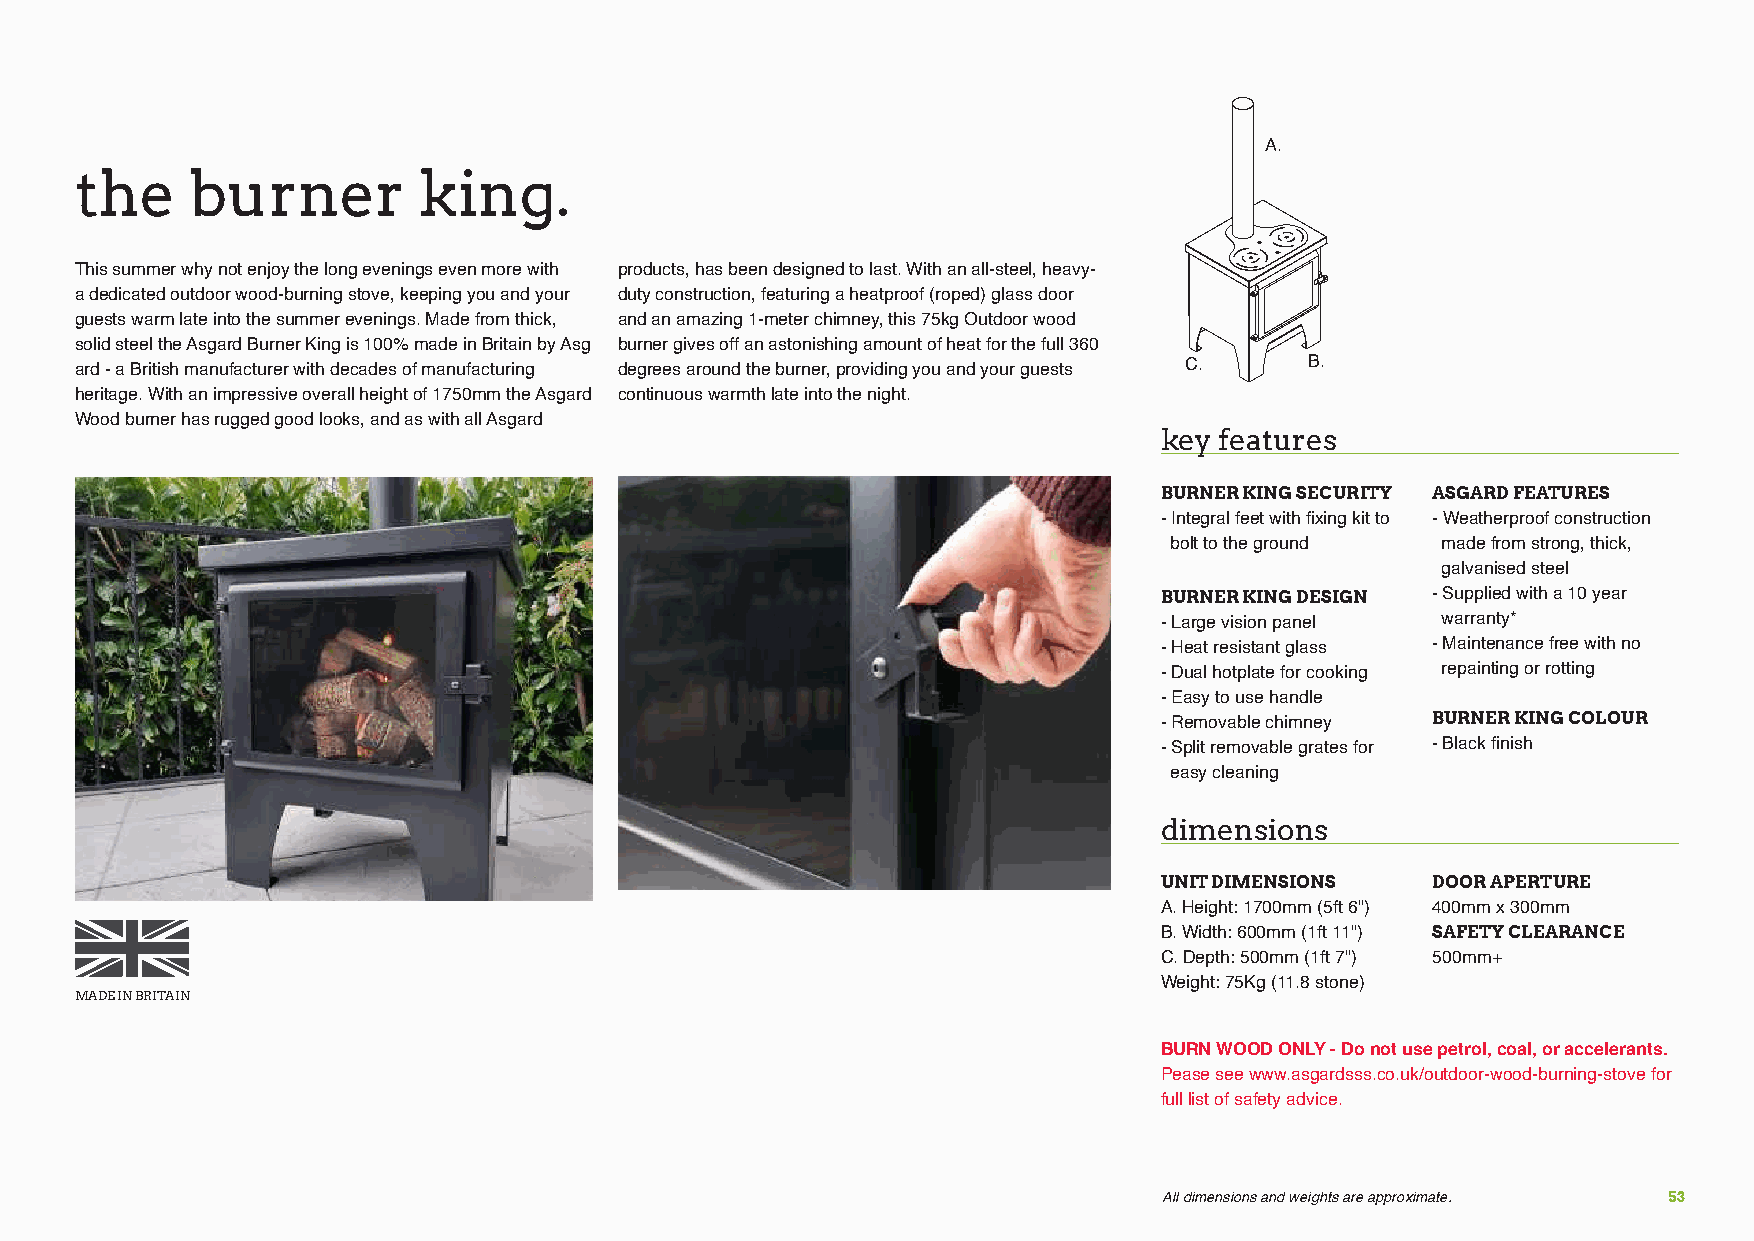
A.
 the     burner         king.
 This summer why not enjoy the long evenings even more with products, has been designed to last. With an all-steel, heavy-
 a dedicated outdoor wood-burning stove, keeping you and your duty construction, featuring a heatproof (roped) glass door
 guests warm late into the summer evenings. Made from thick, and an amazing 1-meter chimney, this 75kg Outdoor wood
 solid steel the Asgard Burner King is 100% made in Britain by Asg burner gives off an astonishing amount of heat for the full 360
 ard - a British manufacturer with decades of manufacturing degrees around the burner, providing you and your guests C. B.
 heritage. With an impressive overall height of 1750mm the Asgard continuous warmth late into the night.
 Wood burner has rugged good looks, and as with all Asgard
 key features
 BURNER KING SECURITY ASGARD FEATURES
 - Integral feet with fixing kit to - Weatherproof construction
 bolt to the ground made from strong, thick,
 galvanised steel
 BURNER KING DESIGN - Supplied with a 10 year
 - Large vision panel warranty*
 - Heat resistant glass - Maintenance free with no
 - Dual hotplate for cooking repainting or rotting
 - Easy to use handle
 BURNER KING COLOUR
 - Removable chimney
 - Split removable grates for - Black finish
 easy cleaning
 dimensions
 UNIT DIMENSIONS   DOOR APERTURE
 A. Height: 1700mm (5ft 6") 400mm x 300mm
 B. Width: 600mm (1ft 11") SAFETY CLEARANCE
 C. Depth: 500mm (1ft 7") 500mm+
 Weight: 75Kg (11.8 stone)
 MADE IN BRITAIN
 BURN WOOD ONLY - Do not use petrol, coal, or accelerants.
 Pease see www.asgardsss.co.uk/outdoor-wood-burning-stove for
 full list of safety advice.
 All dimensions and weights are approximate. 53